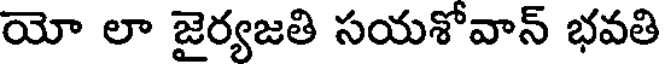
యో లా జైర్యజతి సయశోవాన్ భవతి